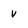
Character: v